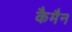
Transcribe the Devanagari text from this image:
कैमैन